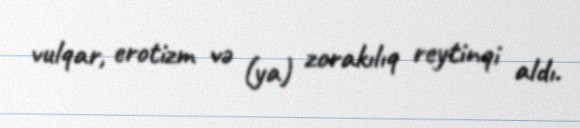
vulqar, erotizm və (ya) zorakılıq reytinqi aldı.